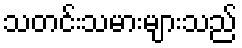
သတင်းသမားများသည်